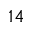
^ { 1 4 }